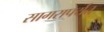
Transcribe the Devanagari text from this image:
सागरापर्यंत